Lunatic asylums Central Provinces reports 1910-1926 - 1910-1926
Year: 1910
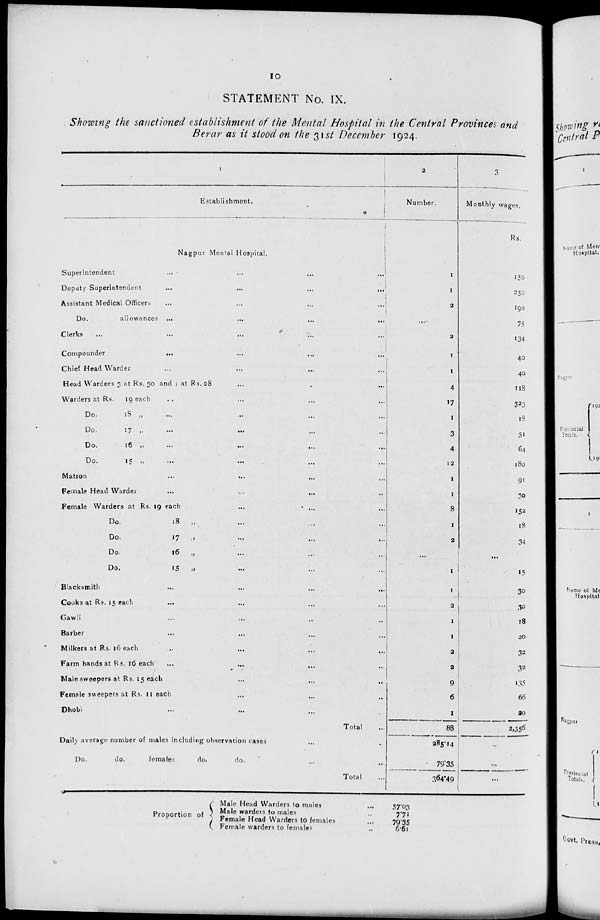
10
STATEMENT No. IX.
Showing the sanctioned establishment of the Mental Hospital in the Central Provinces and
Berar as it stood on the 31st December 1924.
1
Establishment.
Nagpur Mental Hospital.
Superintendent
...
...
...
...
Deputy Superintendent
...
...
...
...
Assistant Medical Officers
...
...
...
...
Do.
allowances ... ... ... ...
Clerks ... ... ... ... ...
Compounder
...
...
...
...
Chief Head Warder ... ... ... ...
Head Warders 3 at Rs. 30 and 1 at Rs.28 ... ...
Warders at Rs.
19 each ... ... ... ...
Do. 18 „ ... ... ... ...
Do.
17 „ ... ... ... ...
Do.
16 „
...
...
...
...
Do.
15 „ ... ... ... ...
Matron ... ... ... ...
Female Head Warder ... ... ... ...
Female Warders at Rs. 19 each ... ... ...
Do.
18
„ ... ... ...
Do.
17 „ ... ... ...
Do.
16
„ ... ... ...
Do.
15 „ ... ... ...
Blacksmith ... ... ... ...
Cooks at Rs. 15 each ... ... ... ...
Gawli ... ... ... ...
Barber ... ... ... ...
Milkers at Rs. 16 each ... ... ... ...
Farm hands at Rs. 16 each ... ... ... ...
Male sweepers at Rs. 15 each ... ... ...
Female sweepers at Rs. 11 each ... ... ...
Dhobi ... ... ... ...
Total ...
Daily average number of males including observation cases ...
Do.
do.
females
do.
do. ... ...
Total ...
2
Number.
1
1
2
...
2
1
1
4
17
1
3
4
12
1
1
8
1
2
...
1
1
2
1
1
2
2
9
6
1
88
285.14
79.35
364.49
3
Monthly wages.
Rs.
150
250
190
75
134
40
40
118
323
18
51
64
180
91
30
152
18
34
...
15
30
30
18
20
32
32
135
66
20
2,356
...
...
...
Proportion of
Male Head Warders to males ...
Male warders to males ...
Female Head Warders to females ...
Female warders to females ...
57.03
7.71
79.35
6.61